Lunatic asylums Punjab 1895-1910 - 1895-1910
Year: 1895
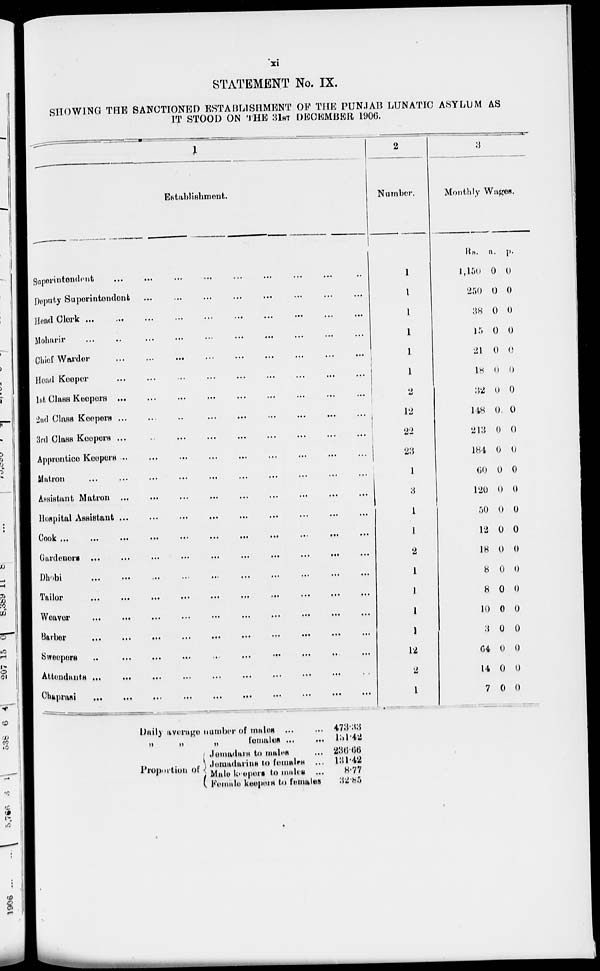
xi
STATEMENT No. IX.
SHOWING THE SANCTIONED ESTABLISHMENT OF THE PUNJAB LUNATIC ASYLUM AS
IT STOOD ON THE 31ST DECEMBER 1906.
1
Establishment.
Superintendent ... ... ... ... ...
...
Deputy Superintendent
...
...
...
...
...
...
...
...
...
Head
Clerk
...
...
...
...
...
...
...
...
...
Moharir
...
...
...
...
...
...
...
...
...
Chief Warder
...
...
...
...
...
...
...
...
...
Head Keeper
...
...
...
...
...
...
...
...
...
1st Class Keepers
...
...
...
...
...
...
...
...
...
2nd Class Keepers
...
...
...
...
...
...
...
...
...
3rd Class Keepers ... ... ... ... ... ... ... ... ...
Apprentice Keepers
...
...
...
...
...
...
...
...
...
Matron
...
...
...
...
...
...
...
...
...
Assistant Matron ...
...
...
...
...
...
...
...
...
Hospital Assistant ...
...
...
...
...
Cook ... ... ... ... ... ... ... ... ...
Gardeners
...
...
...
...
...
...
...
...
...
Dhobi ... ... ... ... ... ... ... ... ...
Tailor ... ... ... ... ... ... ... ... ...
Weaver
...
...
...
...
...
...
...
...
...
...
Barber
...
...
...
...
...
...
...
...
...
...
Sweepers
...
...
...
...
...
...
...
...
...
Attendants
...
...
...
...
...
...
...
...
...
Chaprasi ... ... ... ... ... ... ... ... ...
2
Number.
1
1
1
1
1
1
2
12
22
23
1
3
1
1
2
1
1
1
1
12
2
1
3
Monthly Wages.
Rs.
1,150
250
38
15
21
18
32
148
213
184
60
120
50
12
18
8
8
10
3
04
14
7
a.
0
0
0
0
0
0
0
0
0
0
0
0
0
0
0
0
0
0
0
0
0
0
p.
0
0
0
0
0
0
0
0
0
0
0
0
0
0
0
0
0
0
0
0
0
0
Daily average number of males ... ...
„
„
„
females
...
...
Proportion of
Jemadars to males
...
Jemadarins to females ...
Male keepers to males...
Female keepers to females
473.33
131.42
236.66
131.2
8.77
32.85